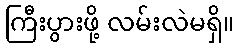
ကြီးပွားဖို့ လမ်းလဲမရှိ။